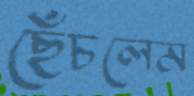
ছেঁচলেম